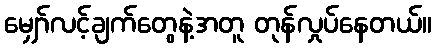
မျှော်လင့်ချက်တွေနဲ့အတူ တုန်လှုပ်နေတယ်။